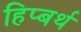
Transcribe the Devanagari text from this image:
हिप्बर्थ